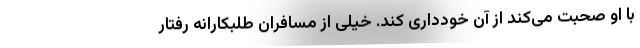
با او صحبت می‌کند از آن خودداری کند. خیلی از مسافران طلبکارانه رفتار